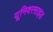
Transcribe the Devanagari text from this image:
यूनिवरसाइड